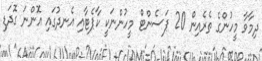
ދިމާވާ މީހުންގެ ތެރެއިން 20 ޕަސެންޓް މީހުންނަކީ ކާޕެޓާއި އެނދުގައި އޮންނަ ގޮދަޑި